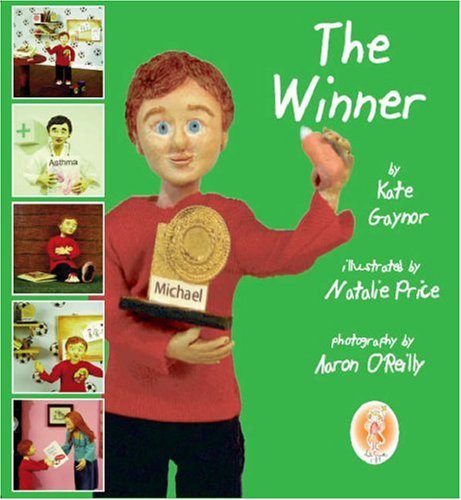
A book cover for The Winner - This book has been designed to help explain Asthma and its effects to young children; Kate Gaynor; Health, Fitness & Dieting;